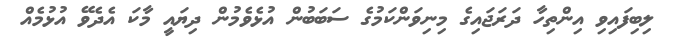
ލިބިފައިވި އިންތިހާ ދަރަޖައިގެ މިނިވަންކަމުގެ ސަބަބުން އުޅެވެމުން ދިޔައީ މާކަ އެދެވޭ އުޅުމެއް